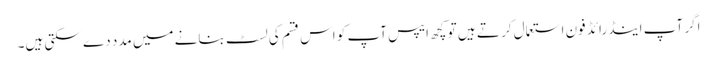
اگر آپ اینڈرائڈ فون استعمال کر تے ہیں تو کچھ ایپس آپ کو اس قسم کی لسٹ بنانے میں مدد دے سکتی ہیں۔